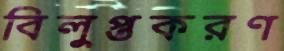
বিলুপ্তকরণ